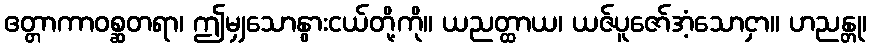
ဧတ္တာကာဝစ္ဆတရာ၊ ဤမျှသောနွားငယ်တို့ကို။ ယညတ္ထာယ၊ ယဇ်ပူဇော်အံ့သောငှာ။ ဟညန္တု၊